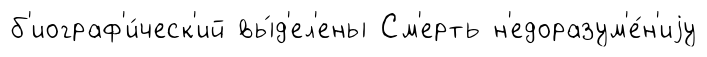
б'иограф'и́ческ'ий вы́д'ел'ены См'ерть н'едоразум'е́н'иjу